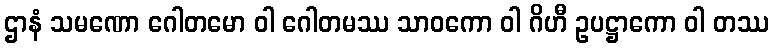
ဌာနံ သမဏော ဂေါတမော ဝါ ဂေါတမဿ သာဝကော ဝါ ဂိဟီ ဥပဋ္ဌာကော ဝါ တဿ